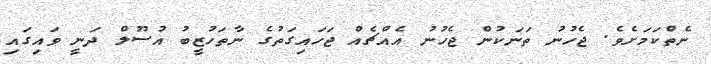
ނެތްކަމަށެވެ. ޖެހުނު ތަނަކުން ޖެހުނު އެއްޗެއް ޖަހައިގަތުގެ ނާތަހުޒީބު އުސޫލް ދަނީ ވައިގައި